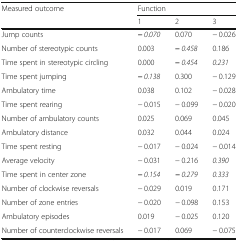
| <ROWSPAN=2> Measured outcome | <COLSPAN=3> Function |
 | 1 | 2 | 3 |
 | --- | --- | --- | --- |
 | Jump counts | − 0.070 | 0.070 | − 0.026 |
 | Number of stereotypic counts | 0.003 | − 0.458 | 0.186 |
 | Time spent in stereotypic circling | 0.000 | − 0.454 | 0.231 |
 | Time spent jumping | − 0.138 | 0.300 | − 0.129 |
 | Ambulatory time | 0.038 | 0.102 | − 0.028 |
 | Time spent rearing | − 0.015 | − 0.099 | − 0.020 |
 | Number of ambulatory counts | 0.025 | 0.069 | 0.045 |
 | Ambulatory distance | 0.032 | 0.044 | 0.024 |
 | Time spent resting | − 0.017 | − 0.024 | − 0.014 |
 | Average velocity | − 0.031 | − 0.216 | 0.390 |
 | Time spent in center zone | − 0.154 | − 0.279 | 0.333 |
 | Number of clockwise reversals | − 0.029 | 0.019 | 0.171 |
 | Number of zone entries | − 0.020 | − 0.098 | 0.153 |
 | Ambulatory episodes | 0.019 | − 0.025 | 0.120 |
 | Number of counterclockwise reversals | − 0.017 | 0.069 | − 0.075 |